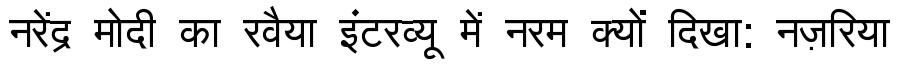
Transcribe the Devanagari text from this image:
नरेंद्र मोदी का रवैया इंटरव्यू में नरम क्यों दिखा: नज़रिया